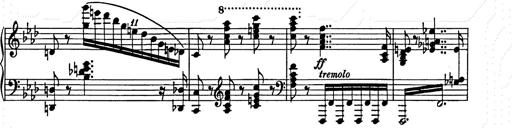
Title: Weinen, Klagen, Sorgen, Zagen
Composer: Franz Liszt